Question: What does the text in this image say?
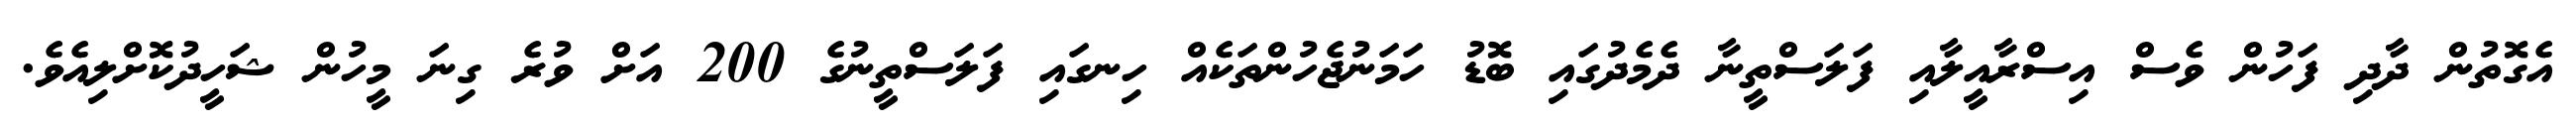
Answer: އެގޮތުން ދާދި ފަހުން ވެސް އިސްރާއީލާއި ފަލަސްތީނާ ދެމެދުގައި ބޮޑު ހަމަނުޖެހުންތަކެއް ހިނގައި ފަލަސްތީނުގެ 200 އަށް ވުރެ ގިނަ މީހުން ޝަހީދުކޮށްލިއެވެ.